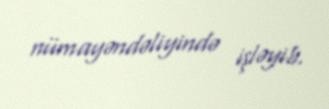
nümayəndəliyində işləyib.